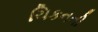
ચિકનની